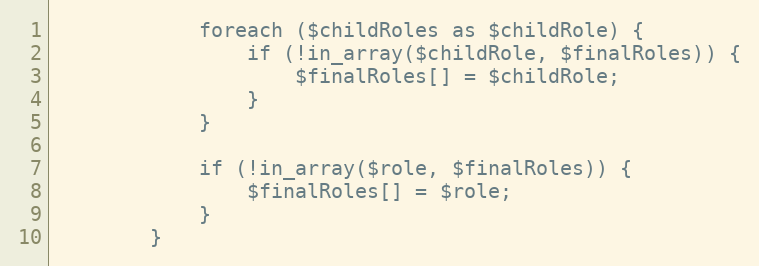
Language: PHP
            foreach ($childRoles as $childRole) {
                if (!in_array($childRole, $finalRoles)) {
                    $finalRoles[] = $childRole;
                }
            }

            if (!in_array($role, $finalRoles)) {
                $finalRoles[] = $role;
            }
        }